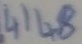
Text: 4148